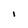
Character: I